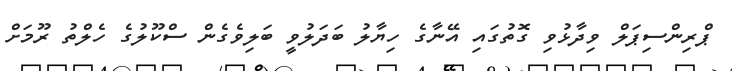
ޕްރިންސިޕަލް ވިދާޅުވި ގޮތުގައި އޭނާގެ ހިޔާލު ބަދަލުވީ ބަލިވެގެން ސްކޫލުގެ ހެލްތު ރޫމަށް